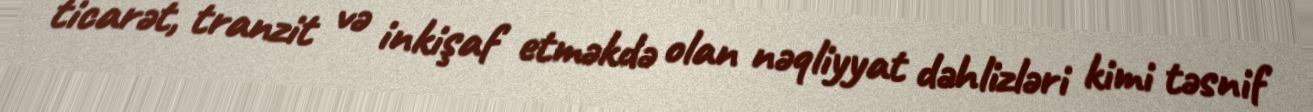
ticarət, tranzit və inkişaf etməkdə olan nəqliyyat dəhlizləri kimi təsnif